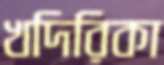
খদিরিকা